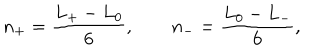
n _ { + } = \frac { L _ { + } - L _ { 0 } } { 6 } , \qquad n _ { - } = \frac { L _ { 0 } - L _ { - } } { 6 } ,